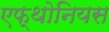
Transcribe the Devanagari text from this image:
एफ्थोनियस